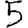
Digit: 5